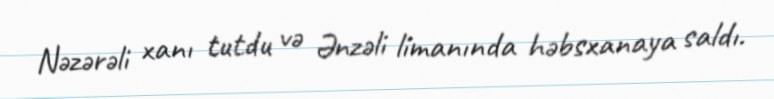
Nəzərəli xanı tutdu və Ənzəli limanında həbsxanaya saldı.